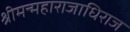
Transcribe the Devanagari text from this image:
श्रीमन्महाराजाधिराज